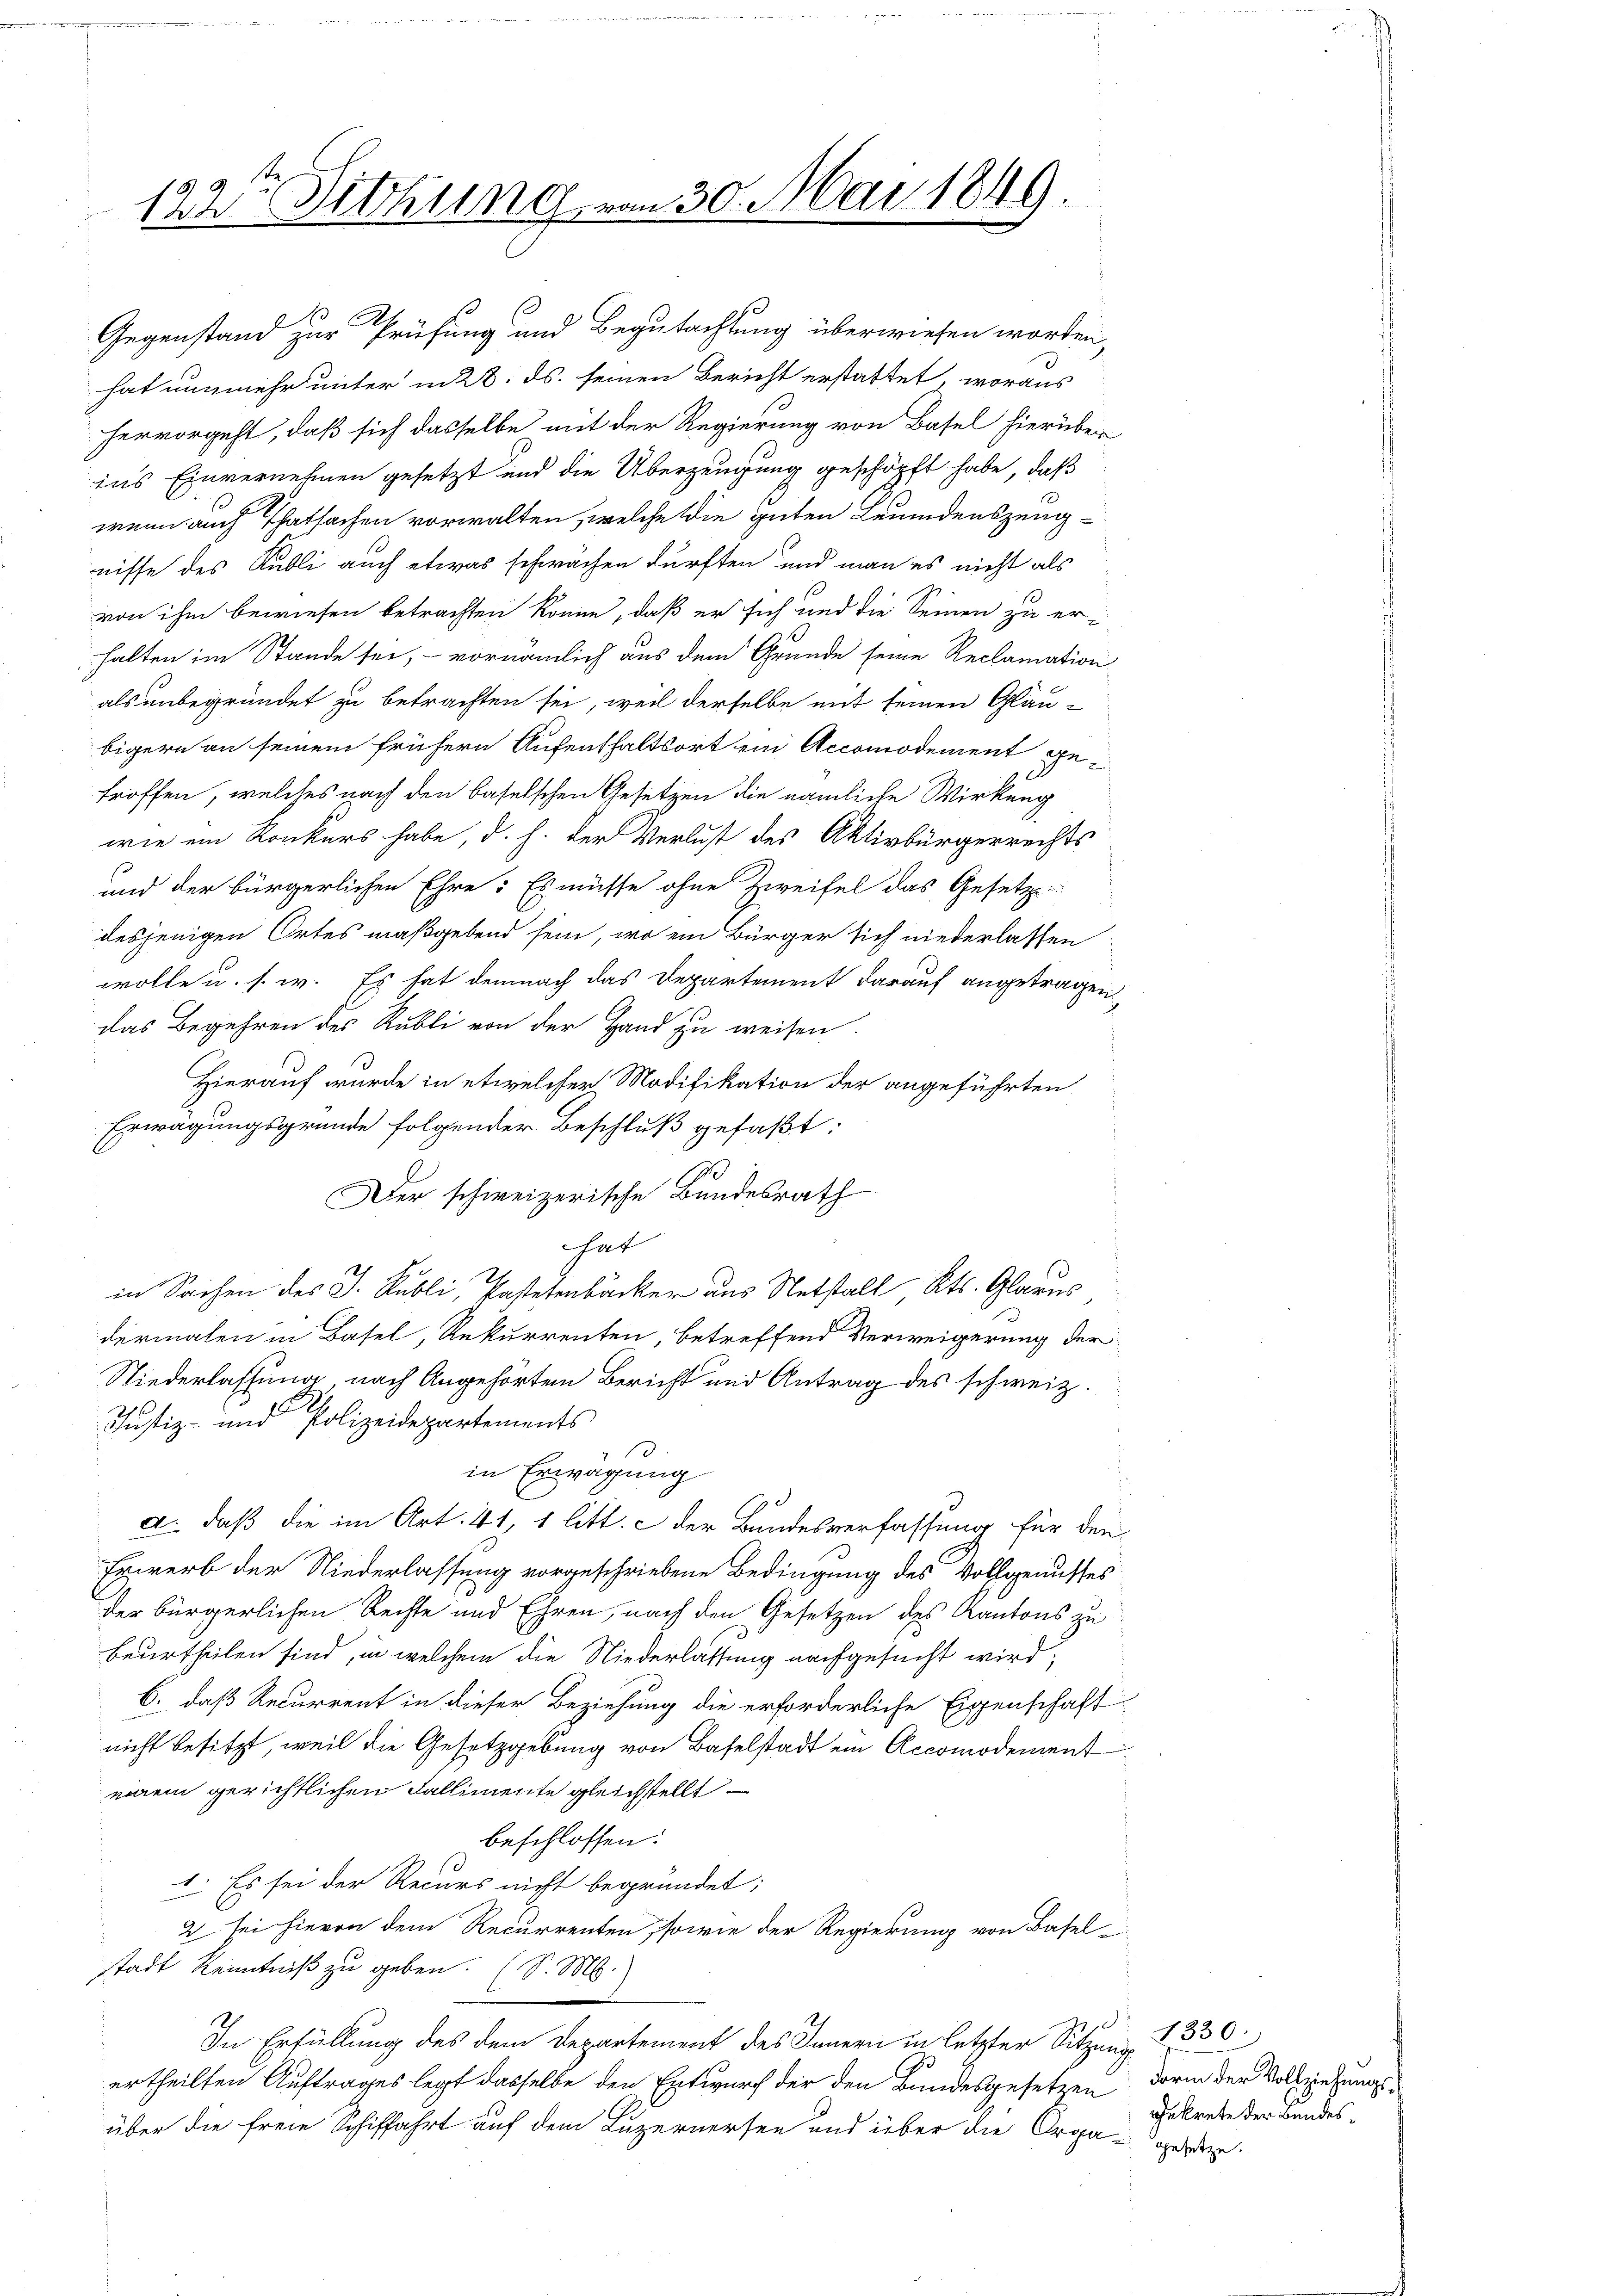
122te Sitzung

Gegenstand zur Prüfung und Begutachtung überwiesen worden,
hat nunmehr unter in 28. ds. seinen Bericht erstattet, woraus
hervorgeht, daß sich dasselbe mit der Regierung von Basel hierüber
in’s Einvernehmen gesetzt und die Überzeugung geschöpft habe, daß
wenn auch Thatsachen vorwalten, welche die guten Leumdenszeug-
nisse des Kubli auch etwas schwächen dürften, und man es nicht als
von ihm bewiesen betrachten könne, daß er sich und die Seinen zu er-
halten im Stande sei, - vornämlich aus dem Grunde seine Reclamation
als unbegründet zu betrachten sei, weil derselbe mit seinen Gläu-
bigern an seinem frühern Aufenthaltsort ein Accomodement getroffen, welches nach den baselschen Gesetzen die nämliche Wirkung
wie ein Konkurs habe, d. h. der Verlust des Aktivbürgerrechts
und der bürgerlichen Ehre: Es müsse ohne Zweifel das Gesetz
desjenigen Ortes maßgebend sein, wo ein Bürger sich niederlassen
wolle u. s. w. Es hat demnach das Departement darauf angetragen,
das Begehren des Rubli von der Hand zu weisen.
Hierauf wurde in etwelcher Modifikation der angeführten
Erwägungsgründe folgender Beschluß gefaßt:
Der schweizerische Bundesrath
hat
in Sachen des J. Rubli, Pastetenbäcker aus Notstalt, Kts. Glarus
dermalen in Basel, Rekurrenten, betreffend Verweigerung der
Niederlassung, nach Angehörten Bericht und Antrag des schweiz.
Justiz- und Polizeidepartements
13.
in Erwägung
a., daß die im Art. 41, 1 litt. c der Bundesverfassung für den
Erwerb der Niederlassung vorgeschriebene Bedingung des Vollgenusses
der bürgerlichen Rechte und Ehren, nach den Gesetzen des Kantons zu
beurtheilen sind, in welchem die Niederlassung nachgesucht wird,
6. daß Recurrent in dieser Beziehung die erforderliche Eigenschaft
nicht besitzt, weil die Gesetzgebung von Baselstadt ein Accomodement
einem gerichtlichen Fallimente gleichstellt
beschlossen:
1. Es sei der Recurs nicht begründet;
2 sei hievon dem Recurrenten, sowie der Regierung von Baselstadt Kenntniß zu geben. (S. M.
In Erfüllung des dem Departement des Innern in letzter Sitzung I 330.
ertheilten Auftrages legt dasselbe den Entwurf der den Bundesgesetzen darin der Vollziehungsüber die freie Schiffahrt auf dem Luzernersee und über die Organgesetze.

n 30. Mai 1849.

Gekrete der Bundes¬